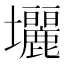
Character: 𡔓